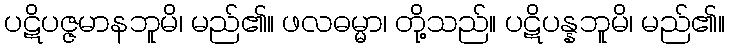
ပဋိပဇ္ဇမာနဘူမိ၊ မည်၏။ ဖလဓမ္မာ၊ တို့သည်။ ပဋိပန္နဘူမိ၊ မည်၏။